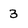
Character: 3